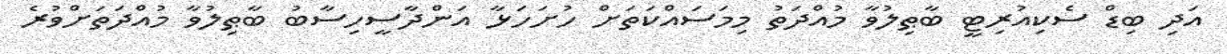
އަދި ބިޑް ސެކިއުރިޓީ ބާޠިލުވާ މުއްދަތު މިމަސައްކަތަށް ހުށަހަޅާ އަންދާސީހިސާބު ބާޠިލުވާ މުއްދަތަށްވުރެ